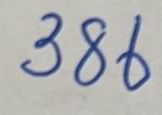
386